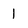
Character: 1